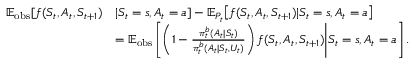
\begin{array} { r l } { \mathbb { E } _ { \mathrm { o b s } } [ f ( S _ { t } , A _ { t } , S _ { t + 1 } ) } & { | S _ { t } = s , A _ { t } = a ] - \mathbb { E } _ { P _ { t } } \big [ f ( S _ { t } , A _ { t } , S _ { t + 1 } ) | S _ { t } = s , A _ { t } = a \big ] } \\ & { = \mathbb { E } _ { \mathrm { o b s } } \left[ \left( 1 - \frac { \pi _ { t } ^ { b } ( A _ { t } | S _ { t } ) } { \pi _ { t } ^ { b } ( A _ { t } | S _ { t } , U _ { t } ) } \right) f ( S _ { t } , A _ { t } , S _ { t + 1 } ) \Bigg | S _ { t } = s , A _ { t } = a \right] . } \end{array}